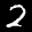
Label: 2